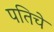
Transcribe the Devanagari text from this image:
पतिचे